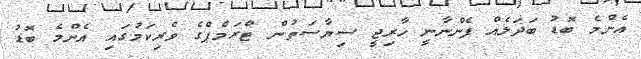
އެންމެ ބޮޑު ބަދަލެއް ފެންނާނީ ހާރިޖީ ސިޔާސަތުން ޓްރަމްޕްގެ ވެރިކަމުގައި އެންމެ ބޮޑު